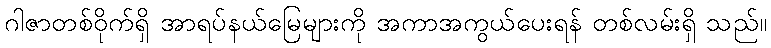
ဂါဇာတစ်ဝိုက်ရှိ အာရပ်နယ်မြေများကို အကာအကွယ်ပေးရန် တစ်လမ်းရှိ သည်။